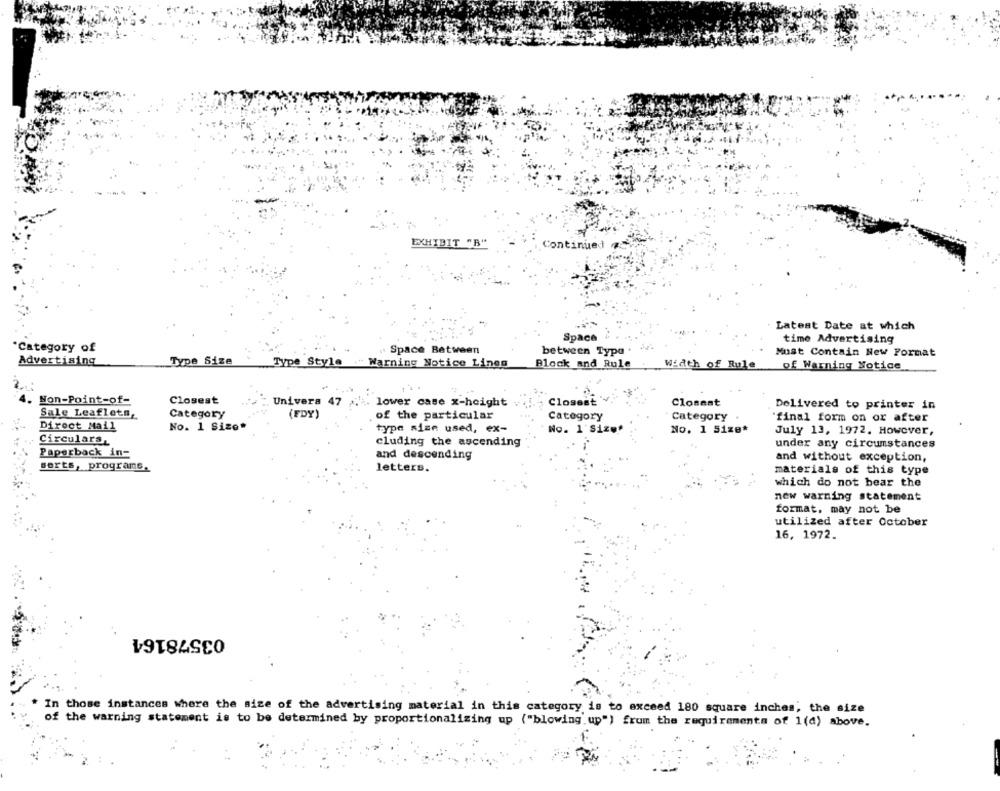
EXHIBIT "B"
Continue1
Latest Date at which
Space
time Advertising
Category of
Space Between
between Typa .
Must Contain New Format
Advertising
Type Size
Type Style ." Warning Notice Lines
Block and Rule
of Warning Notice
Width of Rule
Non-Point-of-
Closest
Univers 47
lower case x-height
Closest
Closest
Delivered to printer in
Sale Leaflets,
Category
(FDY)
of the particular
Category
Category
final form on or after
Direct Mail
No. 1 Size*
type size used, ex-
No. 1 Size"
No. 1 5ize*
July 13, 1972. However,
Circulars,
cluding the ascending
under any circumstances
Paperback in-
and descending
and without exception,
serts, programs.
letters.
materials of this type
which do not bear the
new warning statement
format, may not be
utilized after October
16, 1972.
03578164
In those instances where the size of the advertising material in this category is to exceed 180 square inches, the size
of the warning statement is to be determined by proportionalizing up ("blowing up") from the requirements of 1(d) above.